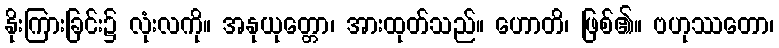
နိုးကြားခြင်း၌ လုံးလကို။ အနုယုတ္တော၊ အားထုတ်သည်။ ဟောတိ၊ ဖြစ်၏။ ဗဟုဿတော၊